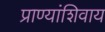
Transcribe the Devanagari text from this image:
प्राण्यांशिवाय